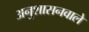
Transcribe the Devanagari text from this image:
अनुशासनवाले